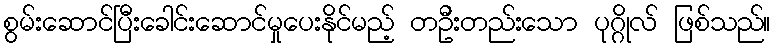
စွမ်းဆောင်ပြီးခေါင်းဆောင်မှုပေးနိုင်မည့် တဦးတည်းသော ပုဂ္ဂိုလ် ဖြစ်သည်။